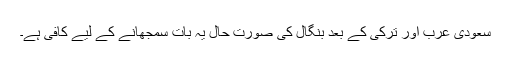
سعودی عرب اور ترکی کے بعد بنگال کی صورتِ حال یہ بات سمجھانے کے لیے کافی ہے۔